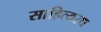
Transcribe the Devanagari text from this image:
साहित्यरथ